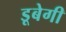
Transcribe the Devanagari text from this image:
डूबेगी